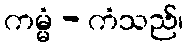
ကမ္မံ - ကံသည်၊